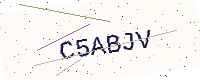
Text: C5ABJV